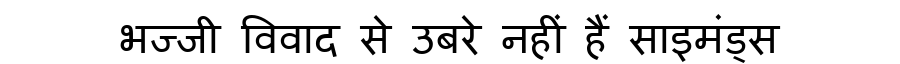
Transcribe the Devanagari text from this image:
भज्जी विवाद से उबरे नहीं हैं साइमंड्स